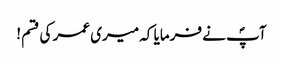
آپؐ نے فرمایا کہ میری عمر کی قسم !